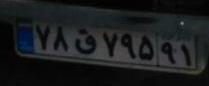
۷۸ق۷۹۵۹۱